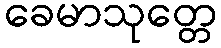
ခေမာသုတ္တေ